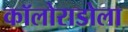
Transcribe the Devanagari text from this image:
कॉलोराडोला